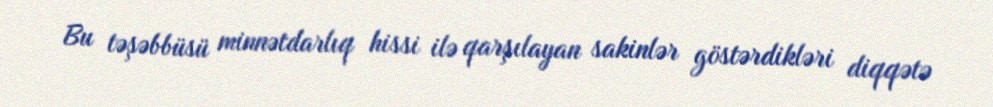
Bu təşəbbüsü minnətdarlıq hissi ilə qarşılayan sakinlər göstərdikləri diqqətə